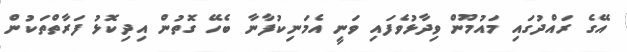
އޭގެ ރައްދުގައި މައުމޫން ވިދާޅުވެފައި ވަނީ އެމަނިކުފާނާ ބެހޭ ގޮތުން އިދިކޮޅު ފަރާތްތަކުން